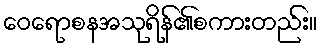
ဝေရောစနအသုရိန်၏စကားတည်း။